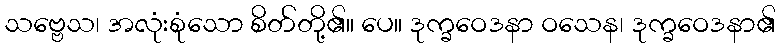
သဗ္ဗေသ၊ အလုံးစုံသော စိတ်တို့၏။ ပေ။ ဒုက္ခဝေဒနာ ဝသေန၊ ဒုက္ခဝေဒနာ၏